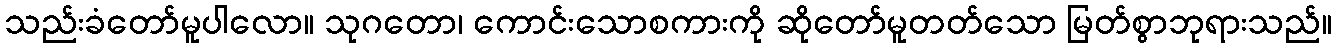
သည်းခံတော်မူပါလော။ သုဂတော၊ ကောင်းသောစကားကို ဆိုတော်မူတတ်သော မြတ်စွာဘုရားသည်။